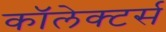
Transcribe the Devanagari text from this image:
कॉलेक्टर्स